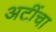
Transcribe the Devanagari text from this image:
अटींचा